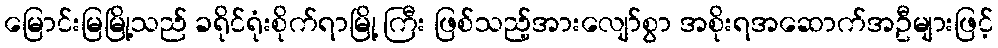
မြောင်းမြမြို့သည် ခရိုင်ရုံးစိုက်ရာမြို့ ကြီး ဖြစ်သည့်အားလျော်စွာ အစိုးရအဆောက်အဦများဖြင့်